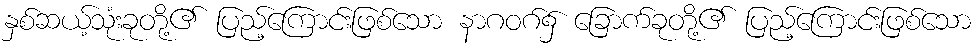
နှစ်ဆယ့်သုံးခုတို့၏ ပြည့်ကြောင်းဖြစ်သော နာဂဝဂ်၌ ခြောက်ခုတို့၏ ပြည့်ကြောင်းဖြစ်သော